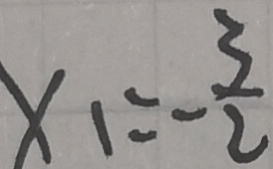
x _ { 1 } = - \frac { 3 } { 2 }